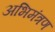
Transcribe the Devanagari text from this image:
अभिमंत्रण